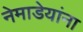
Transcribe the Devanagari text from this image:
नेमाडेयांना